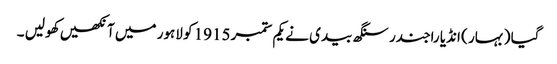
گیا ( بہار ) انڈیا راجندر سنگھ بیدی نے یکم ستمبر 1915 کو لاہور میں آنکھیں کھولیں ۔